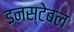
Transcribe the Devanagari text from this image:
डनस्टेबल